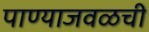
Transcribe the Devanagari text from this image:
पाण्याजवळची